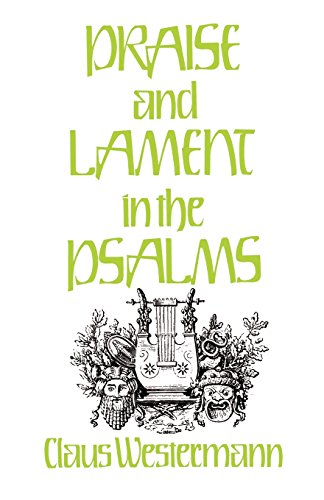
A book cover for Praise and Lament in the Psalms; Claus Westermann; Christian Books & Bibles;